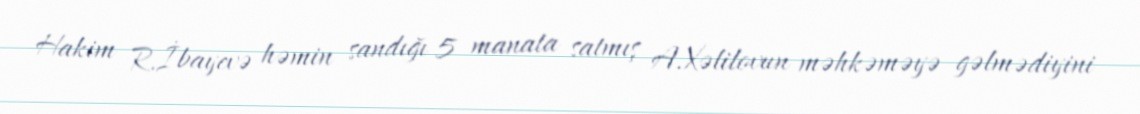
Hakim R.İbayevə həmin sandığı 5 manata satmış A.Xəlilovun məhkəməyə gəlmədiyini